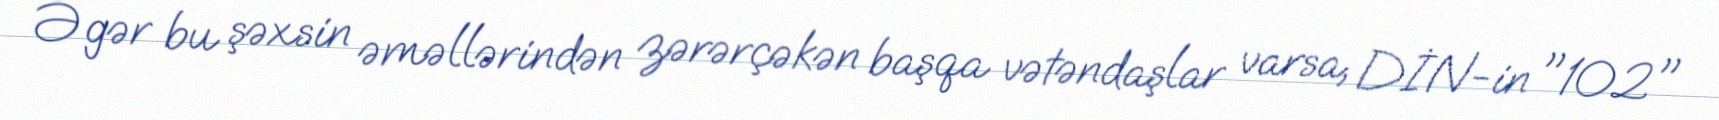
Əgər bu şəxsin əməllərindən zərərçəkən başqa vətəndaşlar varsa, DİN-in "102"